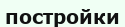
постройки